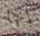
إنها